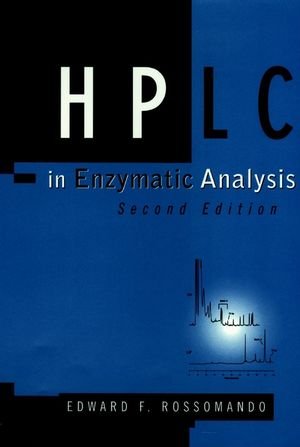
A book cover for HPLC in Enzymatic Analysis (Methods of Biochemical Analysis); Edward F. Rossomando; Science & Math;